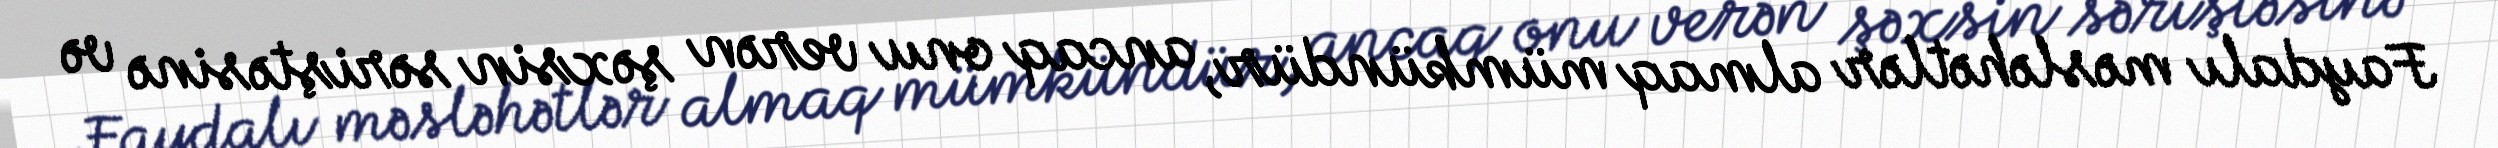
Faydalı məsləhətlər almaq mümkündür, ancaq onu verən şəxsin səriştəsinə və